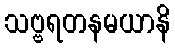
သဗ္ဗရတနမယာနိ